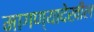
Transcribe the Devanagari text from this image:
मागण्यादेखील